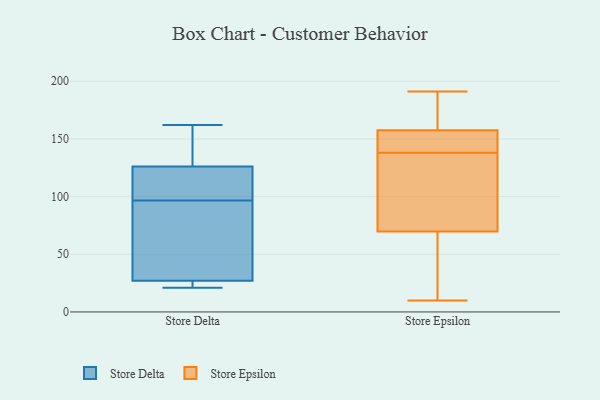
{"axis": {"x": "Headcount", "y": "Value"}, "legend": ["Store Delta", "Store Epsilon"], "data": [{"x": "", "y": 126, "type": "Store Delta"}, {"x": "", "y": 158, "type": "Store Delta"}, {"x": "", "y": 27, "type": "Store Delta"}, {"x": "", "y": 162, "type": "Store Delta"}, {"x": "", "y": 21, "type": "Store Delta"}, {"x": "", "y": 86, "type": "Store Delta"}, {"x": "", "y": 107, "type": "Store Delta"}, {"x": "", "y": 66, "type": "Store Delta"}, {"x": "", "y": 22, "type": "Store Delta"}, {"x": "", "y": 115, "type": "Store Delta"}, {"x": "", "y": 64, "type": "Store Epsilon"}, {"x": "", "y": 138, "type": "Store Epsilon"}, {"x": "", "y": 19, "type": "Store Epsilon"}, {"x": "", "y": 138, "type": "Store Epsilon"}, {"x": "", "y": 10, "type": "Store Epsilon"}, {"x": "", "y": 178, "type": "Store Epsilon"}, {"x": "", "y": 191, "type": "Store Epsilon"}, {"x": "", "y": 87, "type": "Store Epsilon"}, {"x": "", "y": 141, "type": "Store Epsilon"}, {"x": "", "y": 133, "type": "Store Epsilon"}, {"x": "", "y": 159, "type": "Store Epsilon"}, {"x": "", "y": 153, "type": "Store Epsilon"}, {"x": "", "y": 22, "type": "Store Epsilon"}, {"x": "", "y": 111, "type": "Store Epsilon"}, {"x": "", "y": 191, "type": "Store Epsilon"}, {"x": "", "y": 139, "type": "Store Epsilon"}, {"x": "", "y": 116, "type": "Store Epsilon"}, {"x": "", "y": 10, "type": "Store Epsilon"}, {"x": "", "y": 178, "type": "Store Epsilon"}]}